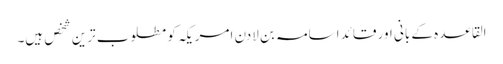
القاعدہ کے بانی اور قائد اسامہ بن لادن امریکہ کو مطلوب ترین شخص ہیں۔